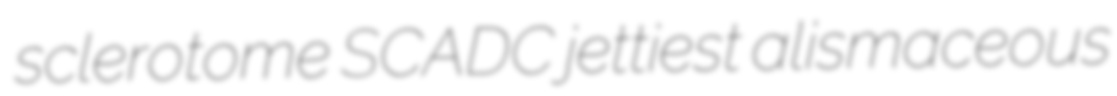
sclerotome SCADC jettiest alismaceous